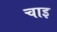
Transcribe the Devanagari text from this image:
चाइ